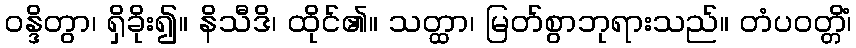
ဝန္ဒိတွာ၊ ရှိခိုး၍။ နိသီဒိ၊ ထိုင်၏။ သတ္ထာ၊ မြတ်စွာဘုရားသည်။ တံပဝတ္တိံ၊